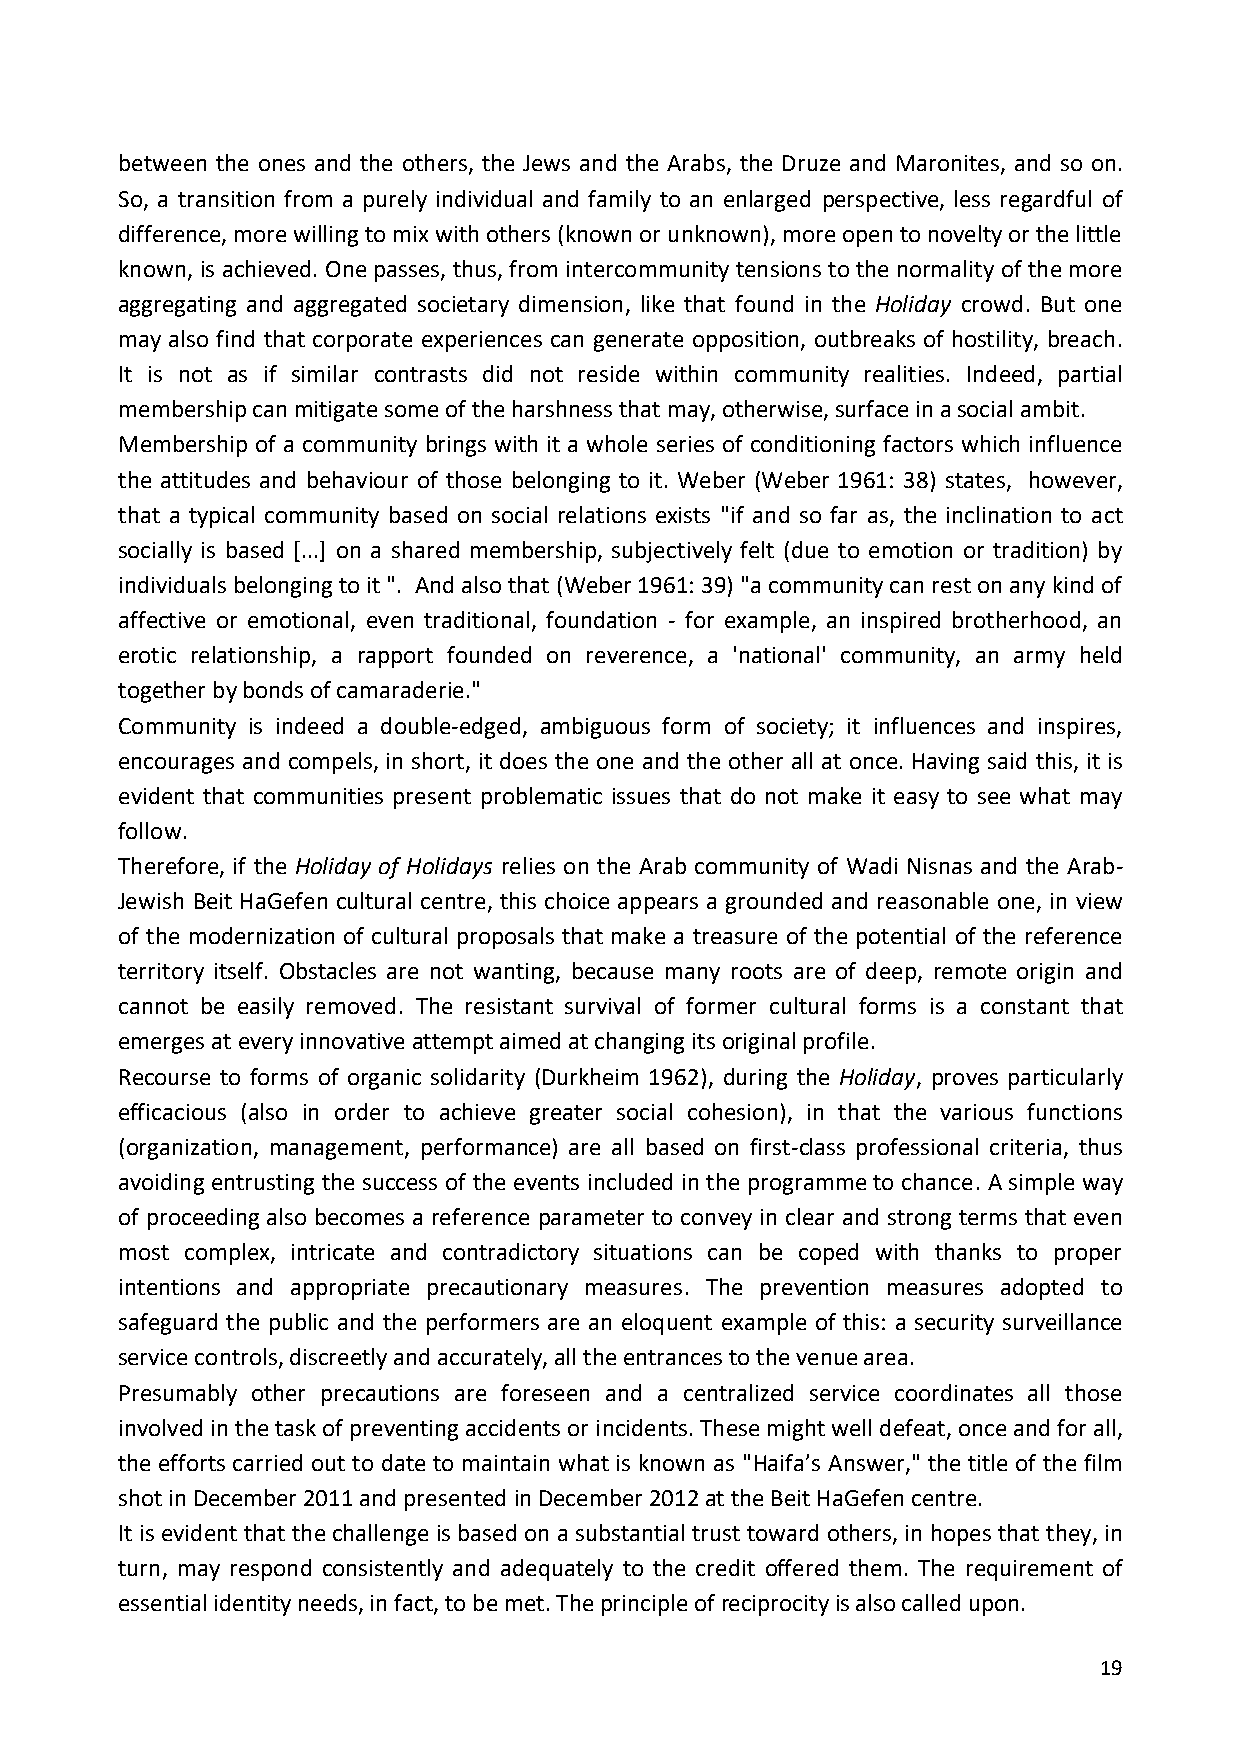
between the ones and the others, the Jews and the Arabs, the Druze and Maronites, and so on.
 So, a transition from a purely individual and family to an enlarged perspective, less regardful of
 difference, more willing to mix with others (known or unknown), more open to novelty or the little
 known, is achieved. One passes, thus, from intercommunity tensions to the normality of the more
 aggregating and aggregated societary dimension, like that found in the Holiday crowd. But one
 may also find that corporate experiences can generate opposition, outbreaks of hostility, breach.
 It is not as if similar contrasts did not reside within community realities. Indeed, partial
 membership can mitigate some of the harshness that may, otherwise, surface in a social ambit.
 Membership of a community brings with it a whole series of conditioning factors which influence
 the attitudes and behaviour of those belonging to it. Weber (Weber 1961: 38) states, however,
 that a typical community based on social relations exists "if and so far as, the inclination to act
 socially is based [...] on a shared membership, subjectively felt (due to emotion or tradition) by
 individuals belonging to it ". And also that (Weber 1961: 39) "a community can rest on any kind of
 affective or emotional, even traditional, foundation - for example, an inspired brotherhood, an
 erotic relationship, a rapport founded on reverence, a 'national' community, an army held
 together by bonds of camaraderie."
 Community is indeed a double-edged, ambiguous form of society; it influences and inspires,
 encourages and compels, in short, it does the one and the other all at once. Having said this, it is
 evident that communities present problematic issues that do not make it easy to see what may
 follow.
 Therefore, if the Holiday of Holidays relies on the Arab community of Wadi Nisnas and the Arab-
 Jewish Beit HaGefen cultural centre, this choice appears a grounded and reasonable one, in view
 of the modernization of cultural proposals that make a treasure of the potential of the reference
 territory itself. Obstacles are not wanting, because many roots are of deep, remote origin and
 cannot be easily removed. The resistant survival of former cultural forms is a constant that
 emerges at every innovative attempt aimed at changing its original profile.
 Recourse to forms of organic solidarity (Durkheim 1962), during the Holiday, proves particularly
 efficacious (also in order to achieve greater social cohesion), in that the various functions
 (organization, management, performance) are all based on first-class professional criteria, thus
 avoiding entrusting the success of the events included in the programme to chance. A simple way
 of proceeding also becomes a reference parameter to convey in clear and strong terms that even
 most complex, intricate and contradictory situations can be coped with thanks to proper
 intentions and appropriate precautionary measures. The prevention measures adopted to
 safeguard the public and the performers are an eloquent example of this: a security surveillance
 service controls, discreetly and accurately, all the entrances to the venue area.
 Presumably other precautions are foreseen and a centralized service coordinates all those
 involved in the task of preventing accidents or incidents. These might well defeat, once and for all,
 the efforts carried out to date to maintain what is known as "Haifa’s Answer," the title of the film
 shot in December 2011 and presented in December 2012 at the Beit HaGefen centre.
 It is evident that the challenge is based on a substantial trust toward others, in hopes that they, in
 turn, may respond consistently and adequately to the credit offered them. The requirement of
 essential identity needs, in fact, to be met. The principle of reciprocity is also called upon.
 19